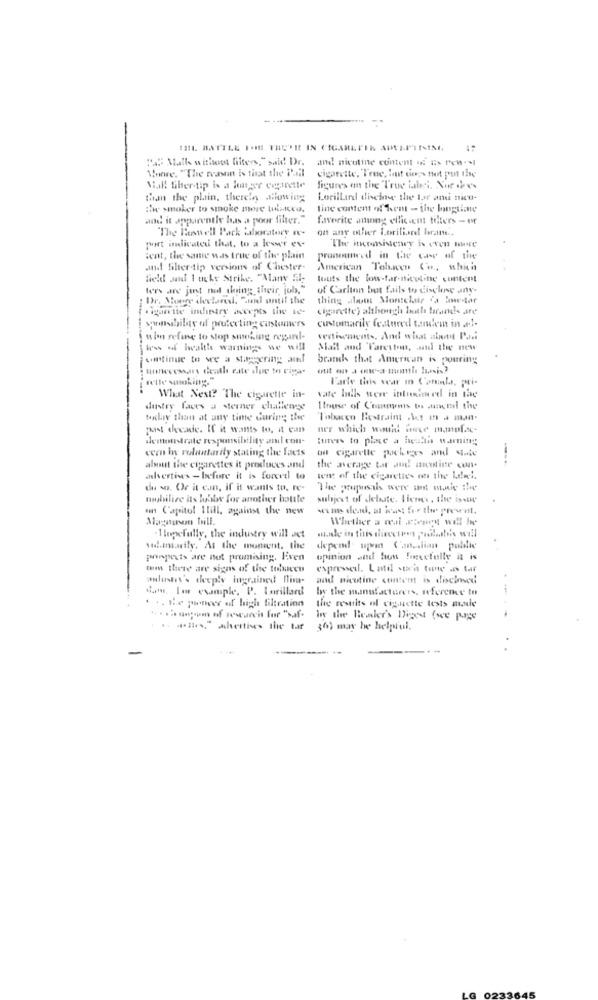
"a" Mall without filters," said! Dr. and nicotine content of Es Pen Ml
Howwe. "The reason is that the i'll
cigarette, True, but does not put the
Mal! fiber-tip is a longer copinette
figures on the True iahsi. Nie dass
than the plain, there's flowing
Lorillard diehoe the lost and nico-
itwe smoker to smoke more tubiteco.
tine content of kent - the longtime
and it apparently bas a poor filter."
favorite among efficient tillers - er
"The Benwell Park laboratory ne-
on any other Lorillard brane.
port indicated that, to a lower ev-
The inconsistency is Even more
ient, the same was true of tiw plain
pronounced in twe care of the
and filter-tip versions of Chester.
American Tobacco Co ., which
field sadf I ucks Strike, "Many El-
touts the low-far-nicotine content
ters are just not thing their, job,"
of Carlton but fails to disclose any.
Dr. Moore declared. "und until the
thing alott Montclair ia lowestar
cigarette indietry accepts the ve-
cigarette) althenargh butla trrands are
customarily featured tanchein in ....
sponsibility of protecting customers
nin refine to stop smoking nepand-
vertisements, And what about Pani
kws di health warnings we will
Mail and Pareyton, and the new
wantinue to see a staggering al
branch that American is pouring
unnecessary death ente shue to vima-
Farle this scar in Canela, pri-
What Next? The cigarette in-
dustry faces a sterner challenge
I touse of Comments to anend the
foxliv than at any time during the
Tobacco Restraint .Vct m . man.
past decade. If it wants to. it can
ner which would itse mamul.s.
demonstrate responsibility and con-
cern in voluntarily stating the facts
ou cigarette pochees and state
---
about the cigarettes it produces and
the average tat am metine can.
ashvertines - before it is forced to
went of the cigarettes on the Lateel.
de wo. Or it can, if it wants to, re-
The popsals were it mnie the
mobilize its habitw for another bottle
subject of delate, Tienes, the isaw
en Capitol Hill, against the new
Magasinon till.
Whether a real steget will be
. Hopefully, the industry will act
made in tins dicetem palette's will
wish.insarily. At the moment. the
depend upon Canadian pulllie
prinpets are not promising. Fiven
opinion and hon forcefully it is
tum there are signs of the tobaceu
expressedl. Latil stach time as tar
anluster's deeply ingrained fim-
and nicotine content is disclosed
com. For example. P. Lorillard
by the manufacturers, reference to
. .. He pancer of high filtration
the results of ciguette tests mandle
in the Bealer's Digest (we page
... ", abertis the tar 36) may be helpful.
-